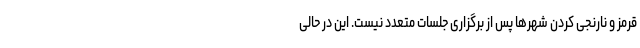
قرمز و نارنجی کردن شهرها پس از برگزاری جلسات متعدد نیست. این در حالی